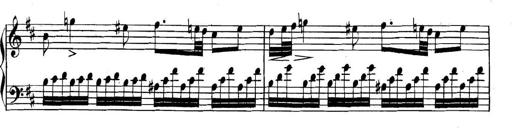
Title: Collected Piano Sonatas
Composer: Muzio Clementi